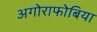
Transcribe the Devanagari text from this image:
अगोराफोबिया